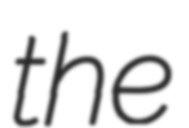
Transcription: the